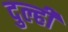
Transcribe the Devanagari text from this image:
दुल्ही